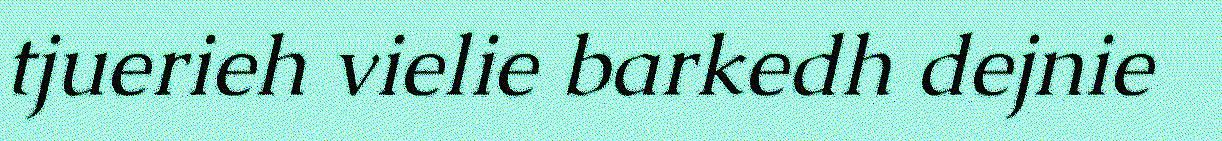
tjuerieh vielie barkedh dejnie